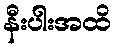
နီးပါးအထိ